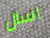
اسال